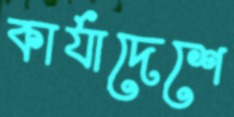
কার্যাদেশে